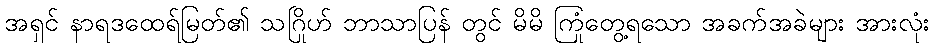
အရှင် နာရဒထေရ်မြတ်၏ သဂြိုဟ် ဘာသာပြန် တွင် မိမိ ကြုံတွေ့ရသော အခက်အခဲများ အားလုံး